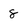
Character: 8